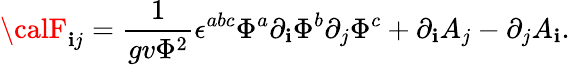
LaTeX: {\calF}_{\mathbf{i}j}={\frac{{1}}{{gv\Phi^{2}}}}\epsilon^{abc}\Phi^{a}\partial_{\mathbf{i}}\Phi^{b}\partial_{j}\Phi^{c}+\partial_{\mathbf{i}}A_{j}-\partial_{j}A_{\mathbf{i}}.